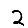
Digit: 2